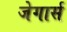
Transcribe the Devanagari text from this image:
जेगार्स